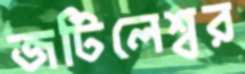
জটিলেশ্বর